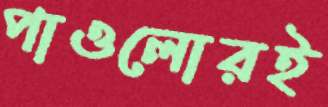
পাওলোরই